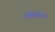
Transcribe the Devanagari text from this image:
अंगबाह्म।